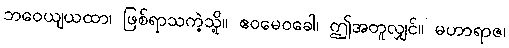
ဘဝေယျယထာ၊ ဖြစ်ရာသကဲ့သို့။ ဧဝမေဝခေါ၊ ဤအတူလျှင်။ မဟာရာဇ၊